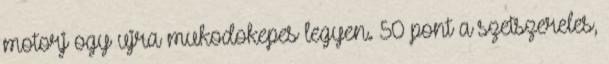
motorj ogy ujra mukodokepes legyen. 50 pont a szetszereles,